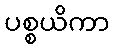
ပစ္စယိကာ